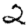
Digit: 2